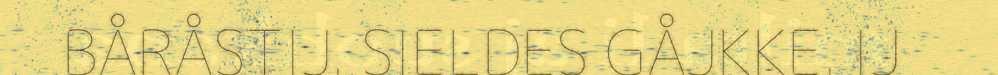
BÅRÅSTIJ. SIELDES GÅJKKE. IJ